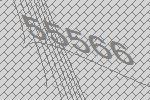
55566